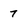
Character: 7